Civil Veterinary Dept. Bombay admin report 1923-31 - 1923-1931
Year: 1923
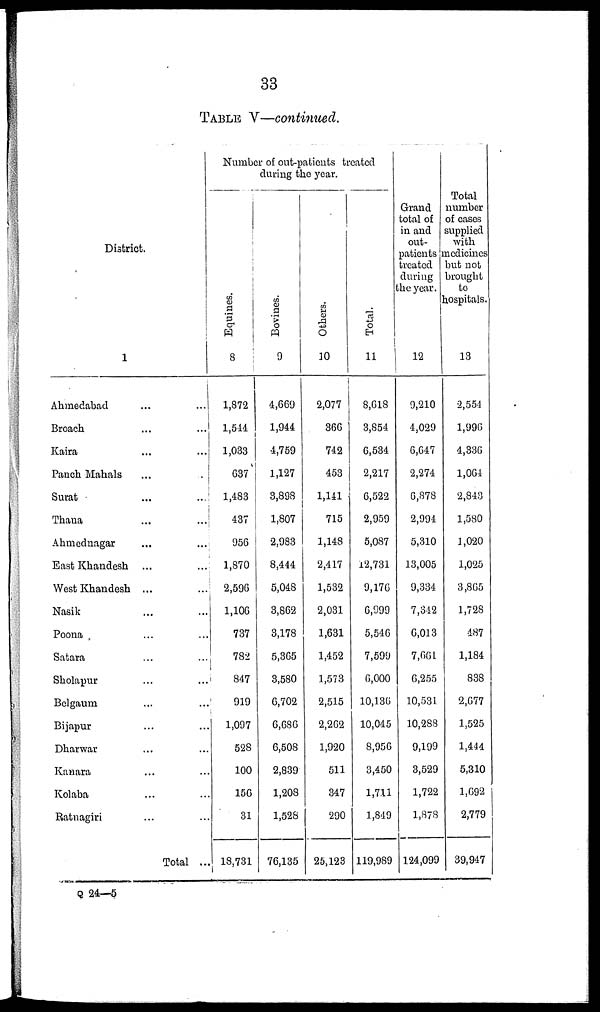
33
TABLE V—continued.
District.
1
Ahmedabad ... ...
Broach ... ...
Kaira ... ...
Panch Mahals ... ...
Surat ... ...
Thana ... ...
Ahmednagar ... ...
East Khandesh ... ...
West Khandesh ... ...
Nasik ... ...
Poona ... ...
Satara ... ...
Sholapur ... ...
Belgaum ... ...
Bijapur ... ...
Dharwar ... ...
Kanara ... ...
Kolaba ... ...
Ratnagiri ... ...
Total ...
Number of out-patients treated
during the year.
Equines.
8
1,872
1,544
1,033
637
1,483
437
956
1,870
2,596
1,106
737
782
847
919
1,097
528
100
156
31
18,731
Bovi nes .
9
4,669
1,944
4,759
1,127
3,898
1,807
2,983
8,444
5,048
3,862
3,178
5,365
3,580
6,702
6,686
6,508
2,839
1,208
1,528
76,135
Others.
10
2,077
366
742
453
1,141
715
1,148
2,417
1,532
2,031
1,631
1,452
1,573
2,515
2,262
1,920
511
347
290
25,123
Tot al .
11
8,618
3,854
6,534
2,217
6,522
2,959
5,087
12,731
9,176
6,999
5,546
7,599
6,000
10,136
10,045
8,956
3,450
1,711
1,849
119,989
Grand
total of
in and
out-
patients
treated
during
the year.
12
9,210
4,029
6,647
2,274
6,878
2,994
5,310
13,005
9,334
7,342
6,013
7,661
6,255
10,531
10,288
9,199
3,529
1,722
1,878
124,099
Total
number
of cases
supplied
with
medicines
but not
brought
to
hospitals.
13
2,554
1,996
4,336
1,064
2,843
1,580
1,020
1,025
3,865
1,728
487
1,184
838
2,677
1,525
1,444
5,310
1,692
2,779
39,947
Q 24—5